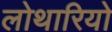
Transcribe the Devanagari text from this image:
लोथारियो